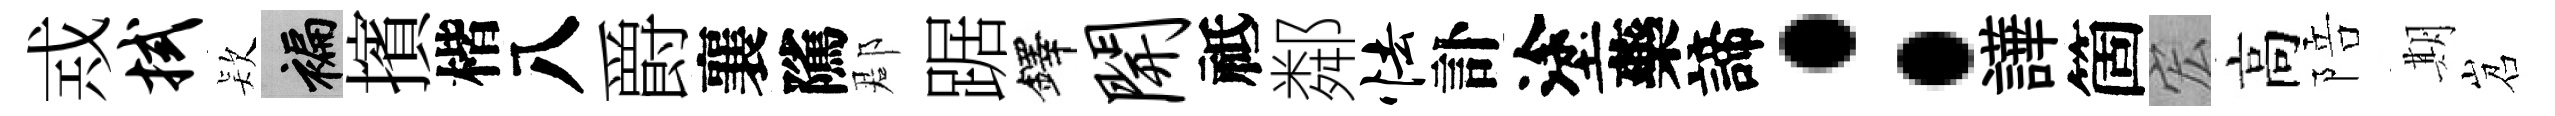
𢦶拭𣣇褊擯楷八爵襄隲郡踞鐸开祗鄰怯訃塗藥諦：譁箇宏高陪期岧